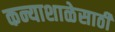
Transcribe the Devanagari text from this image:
कन्याशाळेसाठी